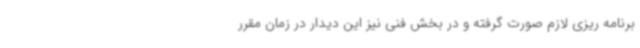
برنامه ریزی لازم صورت گرفته و در بخش فنی نیز این دیدار در زمان مقرر